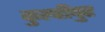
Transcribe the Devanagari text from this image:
कुल्हीपुर